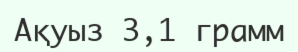
Ақуыз 3,1 грамм